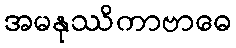
အမနုဿိကာဗာဓေ